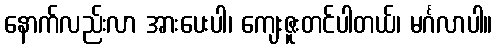
နောက်လည်းလာ အားပေးပါ၊ ကျေးဇူးတင်ပါတယ်၊ မင်္ဂလာပါ။